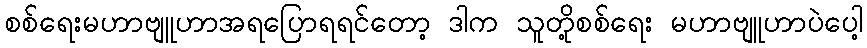
စစ်ရေးမဟာဗျူဟာအရပြောရရင်တော့ ဒါက သူတို့စစ်ရေး မဟာဗျူဟာပဲပေါ့